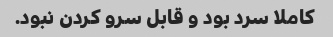
کاملا سرد بود و قابل سرو کردن نبود.